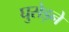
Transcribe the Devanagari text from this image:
घुसेड़ने